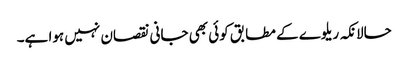
حالانکہ ریلوے کے مطابق کوئی بھی جانی نقصان نہیں ہوا ہے۔